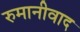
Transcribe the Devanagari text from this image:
रुमानीवाद